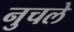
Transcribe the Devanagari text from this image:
नुचले